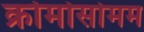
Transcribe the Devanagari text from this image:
क्रोमोसोमम